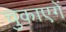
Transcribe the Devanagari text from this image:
चुकाएगें